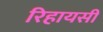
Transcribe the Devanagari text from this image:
रिहायसी